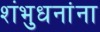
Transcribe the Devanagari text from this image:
शंभुधनांना